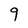
Character: 9